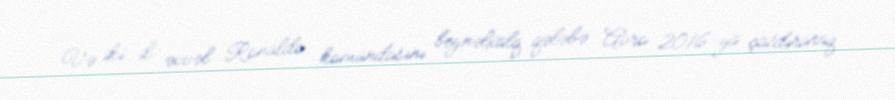
Və iki il əvvəl Ronaldo komandasını beynəlxalq qələbə Avro 2016-ya çatdıraraq